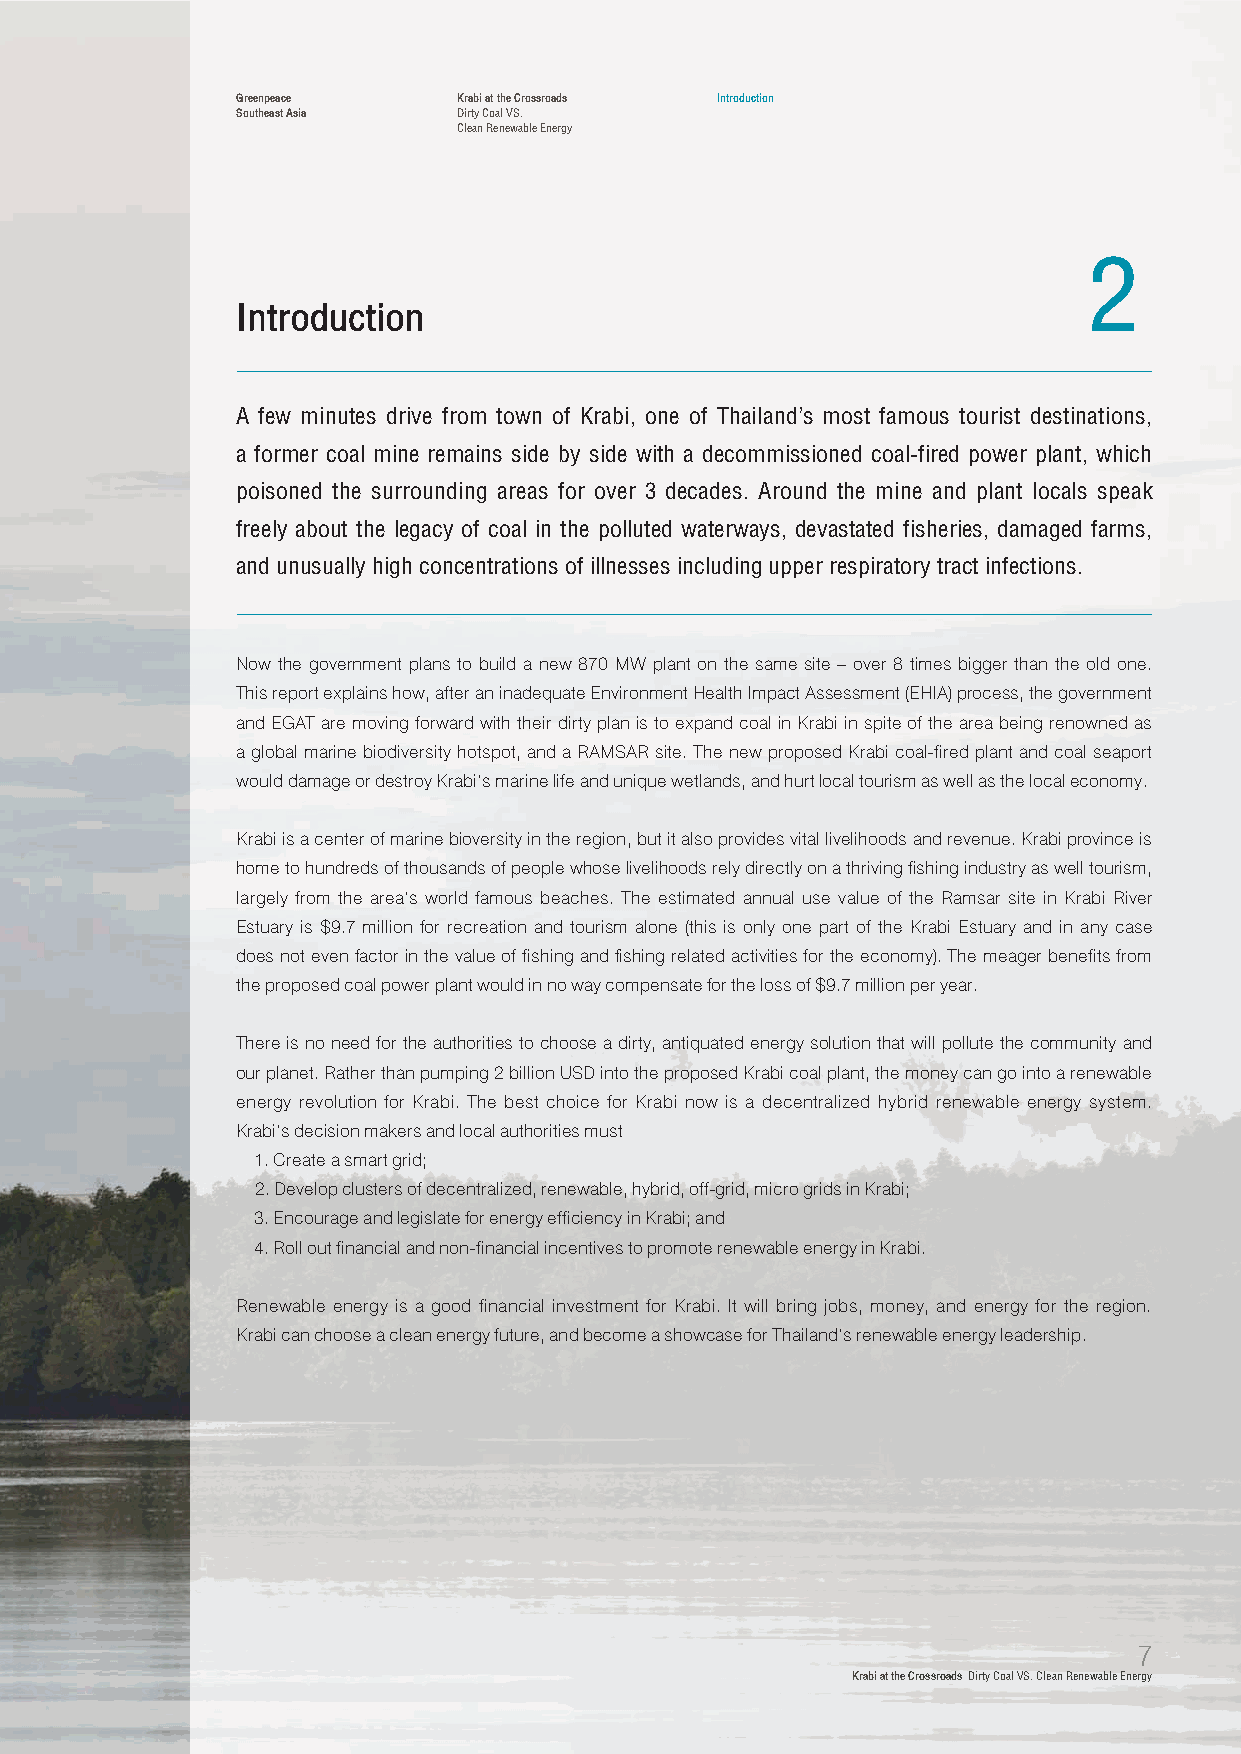
Greenpeace    Krabi at the Crossroads Introduction
 Southeast Asia Dirty Coal VS.
 Clean Renewable Energy
 2
 Introduction
 A few minutes drive from town of Krabi, one of Thailand’s most famous tourist destinations,
 a former coal mine remains side by side with a decommissioned coal-fired power plant, which
 poisoned the surrounding areas for over 3 decades. Around the mine and plant locals speak
 freely about the legacy of coal in the polluted waterways, devastated fisheries, damaged farms,
 and unusually high concentrations of illnesses including upper respiratory tract infections.
 Now the government plans to build a new 870 MW plant on the same site – over 8 times bigger than the old one.
 This report explains how, after an inadequate Environment Health Impact Assessment (EHIA) process, the government
 and EGAT are moving forward with their dirty plan is to expand coal in Krabi in spite of the area being renowned as
 a global marine biodiversity hotspot, and a RAMSAR site. The new proposed Krabi coal-fired plant and coal seaport
 would damage or destroy Krabi’s marine life and unique wetlands, and hurt local tourism as well as the local economy.
 Krabi is a center of marine bioversity in the region, but it also provides vital livelihoods and revenue. Krabi province is
 home to hundreds of thousands of people whose livelihoods rely directly on a thriving fishing industry as well tourism,
 largely from the area’s world famous beaches. The estimated annual use value of the Ramsar site in Krabi River
 Estuary is $9.7 million for recreation and tourism alone (this is only one part of the Krabi Estuary and in any case
 does not even factor in the value of fishing and fishing related activities for the economy). The meager benefits from
 the proposed coal power plant would in no way compensate for the loss of $9.7 million per year.
 There is no need for the authorities to choose a dirty, antiquated energy solution that will pollute the community and
 our planet. Rather than pumping 2 billion USD into the proposed Krabi coal plant, the money can go into a renewable
 energy revolution for Krabi. The best choice for Krabi now is a decentralized hybrid renewable energy system.
 Krabi’s decision makers and local authorities must
 1. Create a smart grid;
 2. Develop clusters of decentralized, renewable, hybrid, off-grid, micro grids in Krabi;
 3. Encourage and legislate for energy efficiency in Krabi; and
 4. Roll out financial and non-financial incentives to promote renewable energy in Krabi.
 Renewable energy is a good financial investment for Krabi. It will bring jobs, money, and energy for the region.
 Krabi can choose a clean energy future, and become a showcase for Thailand’s renewable energy leadership.
 7
 Krabi at the Crossroads Dirty Coal VS. Clean Renewable Energy